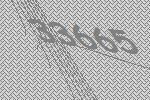
33665